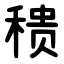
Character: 䅪